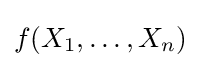
f(X_{1},\ldots ,X_{n})